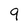
Character: 9